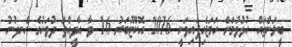
ބީލަންތައް ހުޅުވުމަށް ހަމަޖެހިފައިވަނީ 2016 އޮކްޓޫބަރު 16 ވާ އާދީއްތަ ދުވަހުގެ ހެނދުނު